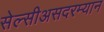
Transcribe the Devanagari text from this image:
सेल्सीअसदरम्यान